Vaccination report Assam 1896-1927 - 1896-1927
Year: 1896
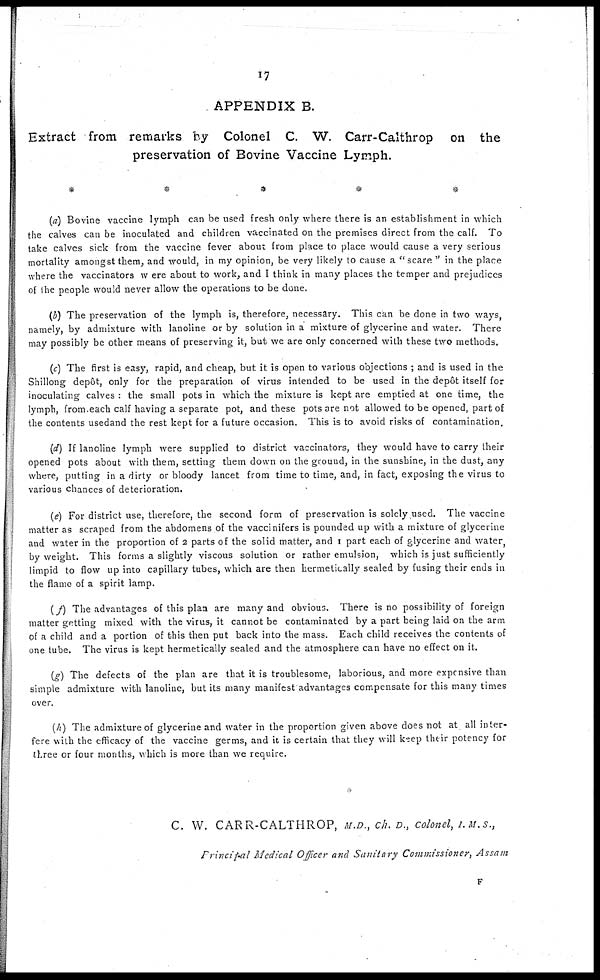
17
APPENDIX B.
Extract from remarks by Colonel C. W. Carr-Calthrop on the
preservation of Bovine Vaccine Lymph.
*
*
*
*
*
(a) Bovine vaccine lymph can be used fresh only where there is an establishment in which
the calves can be inoculated and children vaccinated on the premises direct from the calf. To
take calves sick from the vaccine fever about from place to place would cause a very serious
mortality amongst them, and would, in my opinion, be very likely to cause a "scare " in the place
where the vaccinators were about to work, and I think in many places the temper and prejudices
of the people would never allow the operations to be done.
(b) The preservation of the lymph is, therefore, necessary. This can be done in two ways,
namely, by admixture with lanoline or by solution in a mixture of glycerine and water. There
may possibly be other means of preserving it, but we are only concerned with these two methods.
(c) The first is easy, rapid, and cheap, but it is open to various objections ; and is used in the
Shillong depôt, only for the preparation of virus intended to be used in the depôt itself for
inoculating calves : the small pots in which the mixture is kept are emptied at one time, the
lymph, from each calf having a separate pot, and these pots are not allowed to be opened, part of
the contents usedand the rest kept for a future occasion. This is to avoid risks of contamination.
(d) If lanoline lymph were supplied to district vaccinators, they would have to carry their
opened pots about with them, setting them down on the ground, in the sunshine, in the dust, any
where, putting in a dirty or bloody lancet from time to time, and, in fact, exposing the virus to
various chances of deterioration.
(e) For district use, therefore, the second form of preservation is solely used. The vaccine
matter as scraped from the abdomens of the vaccinifers is pounded up with a mixture of glycerine
and water in the proportion of 2 parts of the solid matter, and 1 part each of glycerine and water
by weight. This forms a slightly viscous solution or rather emulsion, which is just sufficiently
limpid to flow up into capillary tubes, which are then hermetically sealed by fusing their ends in
the flame of a spirit lamp.
(f) The advantages of this plan are many and obvious. There is no possibility of foreign
matter getting mixed with the virus, it cannot be contaminated by a part being laid on the arm
of a child and a portion of this then put back into the mass. Each child receives the contents of
one tube. The virus is kept hermetically sealed and the atmosphere can have no effect on it.
(g) The defects of the plan are that it is troublesome, laborious, and more expensive than
simple admixture with lanoline, but its many manifest advantages compensate for this many times
over.
(h) The admixture of glycerine and water in the proportion given above does not at all inter-
fere with the efficacy of the vaccine germs, and it is certain that they will keep their potency for
three or four months, which is more than we require.
C. W. CARR-CALTHROP, M.D., ch. D., colonel, I.M.S.,
Principal Medical Officer and Sanitary Commissioner,
Assam
F